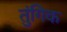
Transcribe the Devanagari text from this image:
तुंगिक